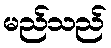
မည်သည်